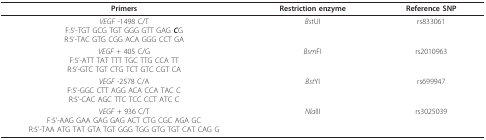
<table><thead><tr><td><b>Primers</b></td><td><b>Restriction enzyme</b></td><td><b>Reference SNP</b></td></tr></thead><tbody><tr><td><i>VEGF </i>-1498 C/TF:5&#x27;-TGT GCG TGT GGG GTT GAG <b><i>C</i></b>GR:5&#x27;-TAC GTG CGG ACA GGG CCT GA</td><td><i>Bst</i>UI</td><td>rs833061</td></tr><tr><td><i>VEGF </i>+ 405 C/GF:5&#x27;-ATT TAT TTT TGC TTG CCA TTR:5&#x27;-GTC TGT CTG TCT GTC CGT CA</td><td><i>Bsm</i>FI</td><td>rs2010963</td></tr><tr><td><i>VEGF </i>-2578 C/AF:5&#x27;-GGC CTT AGG ACA CCA TAC CR:5&#x27;-CAC AGC TTC TCC CCT ATC C</td><td><i>Bst</i>YI</td><td>rs699947</td></tr><tr><td><i>VEGF </i>+ 936 C/TF:5&#x27;-AAG GAA GAG GAG ACT CTG CGC AGA GCR:5&#x27;-TAA ATG TAT GTA TGT GGG TGG GTG TGT CAT CAG G</td><td><i>Nla</i>III</td><td>rs3025039</td></tr></tbody></table>